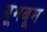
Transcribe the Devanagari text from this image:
बूमबूम